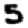
Digit: 5